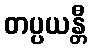
တပ္ပယန္တီ